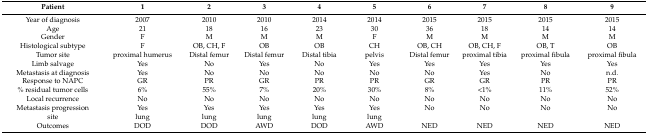
<table><thead><tr><td><b>Patient</b></td><td><b>1</b></td><td><b>2</b></td><td><b>3</b></td><td><b>4</b></td><td><b>5</b></td><td><b>6</b></td><td><b>7</b></td><td><b>8</b></td><td><b>9</b></td></tr></thead><tbody><tr><td>Year of diagnosis</td><td>2007</td><td>2010</td><td>2010</td><td>2014</td><td>2014</td><td>2015</td><td>2015</td><td>2015</td><td>2015</td></tr><tr><td>Age</td><td>21</td><td>18</td><td>16</td><td>23</td><td>30</td><td>36</td><td>18</td><td>14</td><td>14</td></tr><tr><td>Gender</td><td>F</td><td>M</td><td>M</td><td>M</td><td>F</td><td>M</td><td>M</td><td>M</td><td>M</td></tr><tr><td>Histological subtype</td><td>F</td><td>OB, CH, F</td><td>OB</td><td>OB</td><td>CH</td><td>OB, CH</td><td>OB, CH, F</td><td>OB, T</td><td>OB</td></tr><tr><td>Tumor site</td><td>proximal humerus</td><td>Distal femur</td><td>Distal femur</td><td>Distal tibia</td><td>pelvis</td><td>Distal femur</td><td>proximal tibia</td><td>proximal fibula</td><td>proximal fibula</td></tr><tr><td>Limb salvage</td><td>Yes</td><td>No</td><td>Yes</td><td>No</td><td>Yes</td><td>Yes</td><td>Yes</td><td>Yes</td><td>Yes</td></tr><tr><td>Metastasis at diagnosis</td><td>Yes</td><td>No</td><td>No</td><td>No</td><td>No</td><td>No</td><td>Yes</td><td>No</td><td>n.d.</td></tr><tr><td>Response to NAPC</td><td>GR</td><td>PR</td><td>GR</td><td>PR</td><td>PR</td><td>GR</td><td>GR</td><td>PR</td><td>PR</td></tr><tr><td>% residual tumor cells</td><td>6%</td><td>55%</td><td>7%</td><td>20%</td><td>30%</td><td>8%</td><td>&lt;1%</td><td>11%</td><td>52%</td></tr><tr><td>Local recurrence</td><td>No</td><td>No</td><td>No</td><td>No</td><td>No</td><td>No</td><td>No</td><td>No</td><td>No</td></tr><tr><td>Metastasis progression</td><td>Yes</td><td>Yes</td><td>Yes</td><td>Yes</td><td>Yes</td><td>No</td><td>No</td><td>No</td><td>No</td></tr><tr><td>site</td><td>lung</td><td>lung</td><td>lung</td><td>lung</td><td>lung</td><td></td><td></td><td></td><td></td></tr><tr><td>Outcomes</td><td>DOD</td><td>DOD</td><td>AWD</td><td>DOD</td><td>AWD</td><td>NED</td><td>NED</td><td>NED</td><td>NED</td></tr></tbody></table>